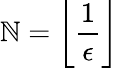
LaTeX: \mathbb{N}=\left\lfloor{\frac{{1}}{{\epsilon}}}\right\rfloor